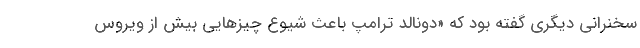
سخنرانی دیگری گفته بود که «دونالد ترامپ باعث شیوع چیزهایی بیش از ویروس